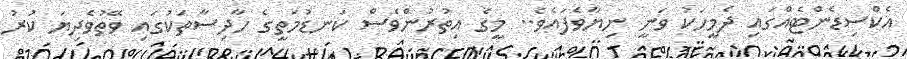
އެކްސިޑެންޓެއްގައި ދެމީހަކު ވަނީ ނިޔާވެފައެވެ.. މީގެ އިތުރުންވެސް ކަނޑުމަތީގެ ހާދިސާތަކުގައި ވޭތުވެދިޔަ ކުރު